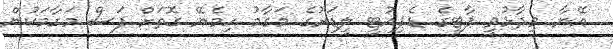
އޭނާ ވިދާޅުވީ ޕާޓީގެ ޑެޕިއުޓީ ލީޑަރުގެ މަގާމު ހިމެނޭ ގޮތަށް ފަސް މަގާމަކުން